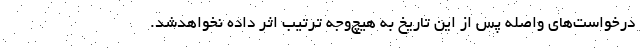
درخواست‌های واصله پس از این تاریخ به هیچ‌وجه ترتیب اثر داده نخواهدشد.